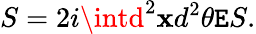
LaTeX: S=2i\intd^{2}\mathbf{x}d^{2}\theta\mathtt{E}S.